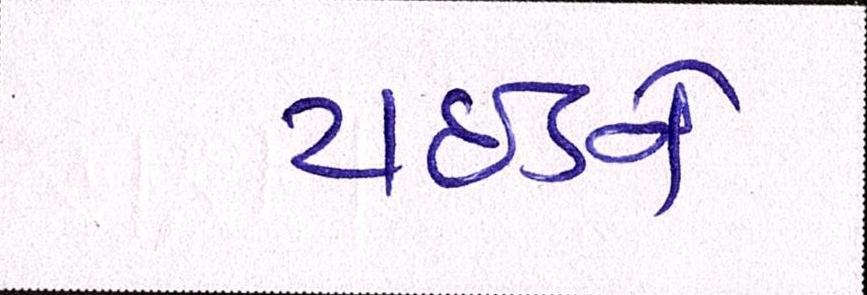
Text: ટાઈડને